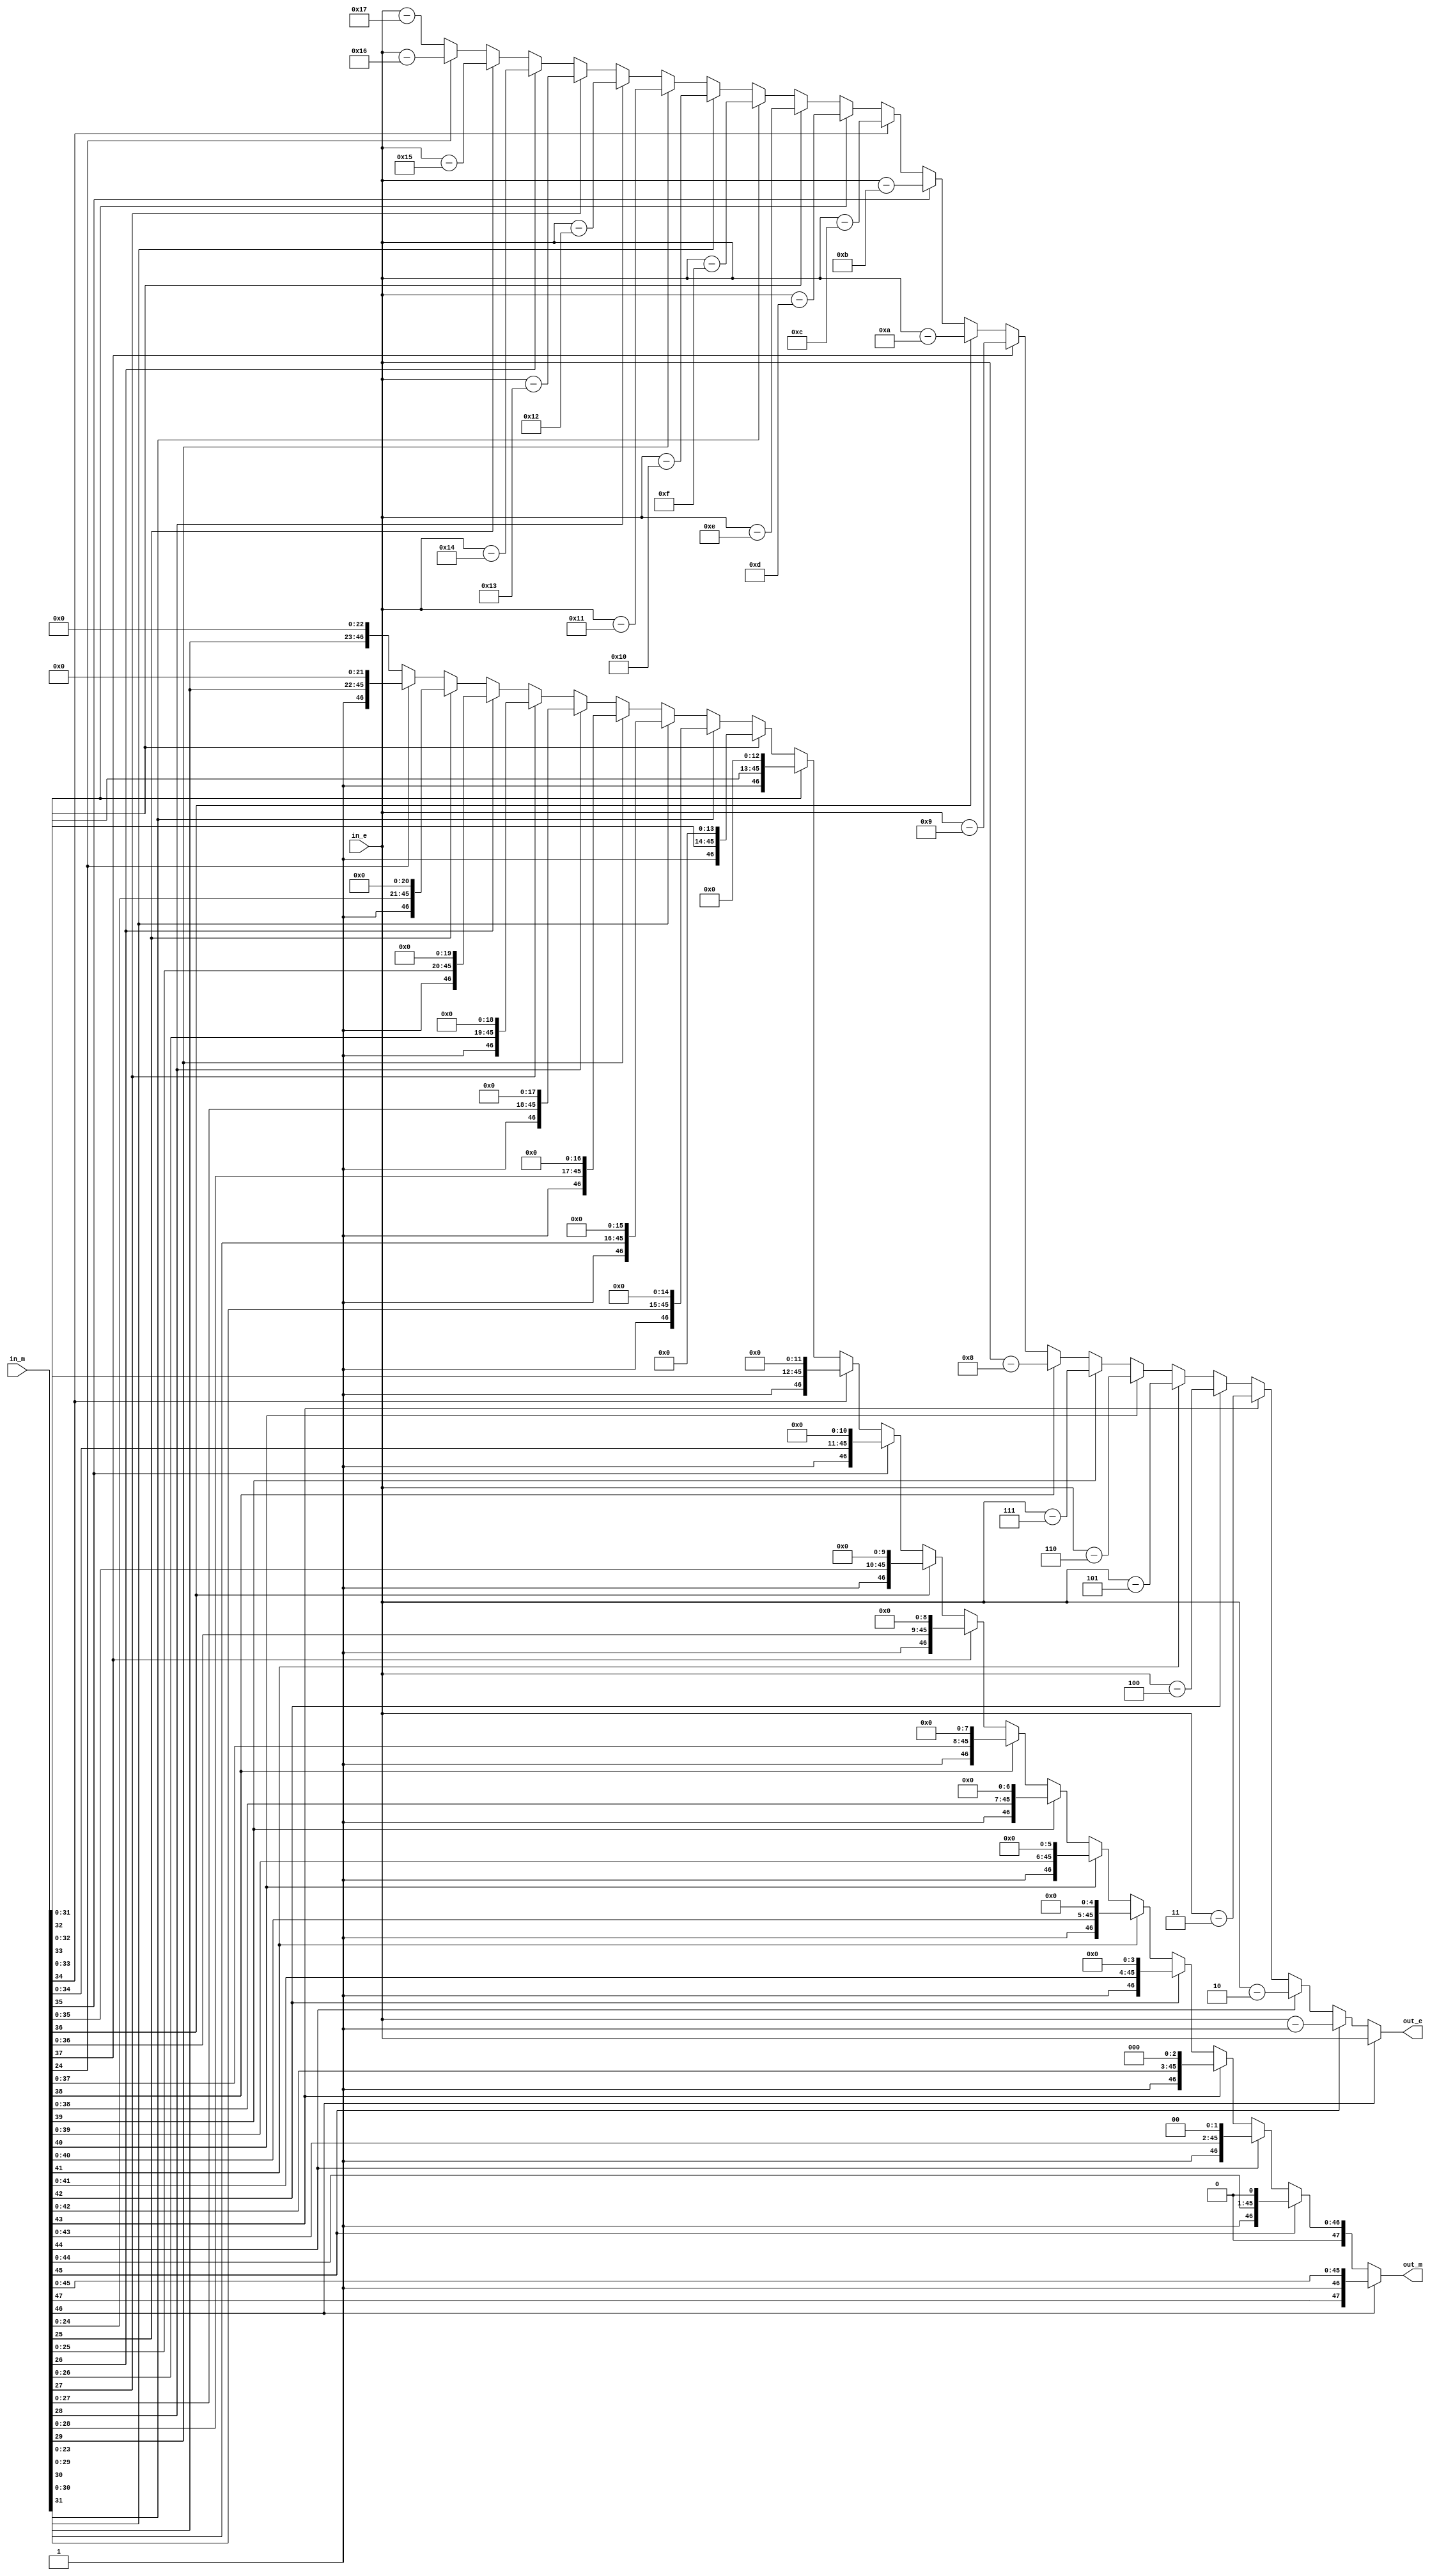
`timescale 1ns / 1ps
//////////////////////////////////////////////////////////////////////////////////
// Company: 
// Engineer: 
// 
// Design Name: 
// Module Name: multiplication_normaliser
// Project Name: 
// Target Devices: 
// Tool Versions: 
// Description: 
// 
// Dependencies: 
// 
// Revision:
// Revision 0.01 - File Created
// Additional Comments:
// 
//////////////////////////////////////////////////////////////////////////////////


module multiplication_normaliser(in_e, in_m, out_e, out_m);
  input [7:0] in_e;
  input [47:0] in_m;
  output reg [7:0] out_e;
  output reg [47:0] out_m;



always @ ( * ) begin
  if(in_m[46]==1'b1) begin
  out_e = in_e;
  out_m = in_m;
end 
else if (in_m[45] == 1'b1) begin
          out_e = in_e - 1;
          out_m = in_m <<1;
          end else if (in_m[44] == 1'b1) begin
          out_e = in_e - 2;
          out_m = in_m <<2;
          end else if (in_m[43] == 1'b1) begin
          out_e = in_e - 3;
          out_m = in_m <<3;
          end else if (in_m[42] == 1'b1) begin
          out_e = in_e - 4;
          out_m = in_m <<4;
          end else if (in_m[41] == 1'b1) begin/////////////////
          out_e = in_e - 5;
          out_m = in_m <<5;
          end else if (in_m[40] == 1'b1) begin
          out_e = in_e - 6;
          out_m = in_m <<6;
          end else if (in_m[39] == 1'b1) begin
          out_e = in_e - 7;
          out_m = in_m <<7;
          end else if (in_m[38] == 1'b1) begin
          out_e = in_e - 8;
          out_m = in_m <<8;
          end else if (in_m[37] == 1'b1) begin
          out_e = in_e - 9;
          out_m = in_m <<9;
          end else if (in_m[36] == 1'b1) begin
          out_e = in_e - 10;
          out_m = in_m <<10;
          end else if (in_m[35] == 1'b1) begin
          out_e = in_e - 11;
          out_m = in_m <<11;
          end else if (in_m[34] == 1'b1) begin
          out_e = in_e - 12;
          out_m = in_m <<12;
          end else if (in_m[33] == 1'b1) begin
          out_e = in_e - 13;
          out_m = in_m <<13;
          end else if (in_m[32] == 1'b1) begin
          out_e = in_e - 14;
          out_m = in_m <<14;
          end else if (in_m[31] == 1'b1) begin
          out_e = in_e - 15;
          out_m = in_m <<15;
          end else if (in_m[30] == 1'b1) begin
          out_e = in_e - 16;
          out_m = in_m <<16;
          end else if (in_m[29] == 1'b1) begin
          out_e = in_e - 17;
          out_m = in_m <<17;
          end else if (in_m[28] == 1'b1) begin
          out_e = in_e - 18;
          out_m = in_m <<18;
          end else if (in_m[27] == 1'b1) begin
          out_e = in_e - 19;
          out_m = in_m <<19;
          end else if (in_m[26] == 1'b1) begin
          out_e = in_e - 20;
          out_m = in_m <<20;
          end else if (in_m[25] == 1'b1) begin
          out_e = in_e - 21;
          out_m = in_m <<21;
          end else if (in_m[24] == 1'b1) begin
          out_e = in_e - 22;
          out_m = in_m <<22;
          end else begin
          out_e = in_e - 23;
          out_m = in_m <<23;
          end
end
endmodule